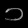
Digit: ၁